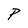
Character: P